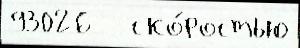
93026   ско́ростью